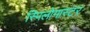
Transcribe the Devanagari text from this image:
स्पिलोगास्टर